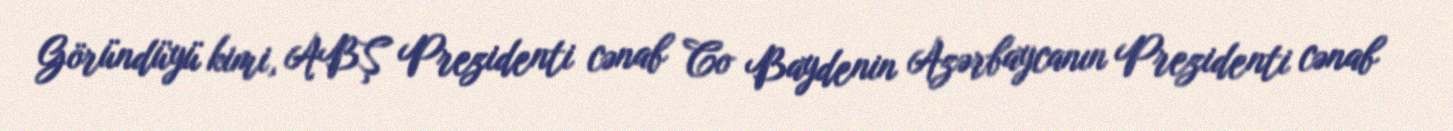
Göründüyü kimi, ABŞ Prezidenti cənab Co Baydenin Azərbaycanın Prezidenti cənab